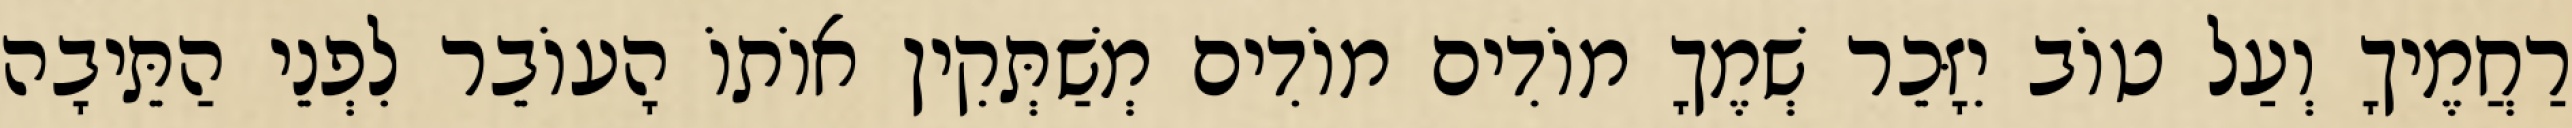
רַחֲמֶיךָ וְעַל טוֹב יִזָּכֵר שְׁמֶךָ מוֹדִים מוֹדִים מְשַׁתְּקִין אוֹתוֹ הָעוֹבֵר לִפְנֵי הַתֵּיבָה